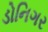
ડોનિગર